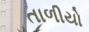
તાળીયો